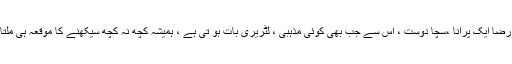
حامد رضا ایک پرانا ،سچا دوست ، اس سے جب بھی کوئی مذہبی ، لٹریری بات ہو تی ہے ، ہمیشہ کچھ نہ کچھ سیکھنے کا موقعہ ہی ملتا ہے ۔